Leaving Certificate Examination, 1924
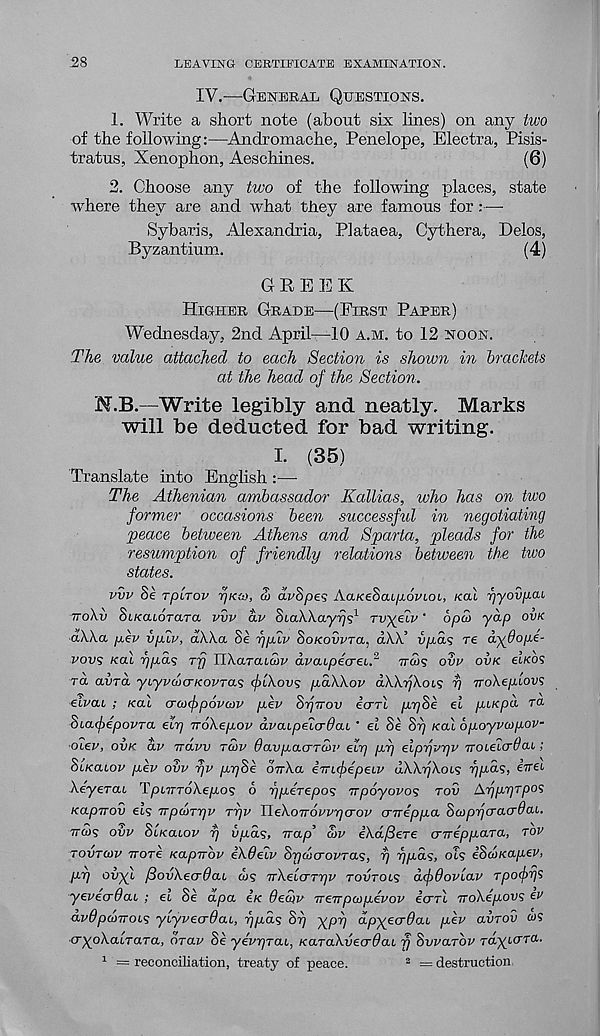
28
LEAVING CERTIFICATE EXAMINATION.
IV.—GENERAL QUESTIONS.
1. Write a short note (about six lines) on any two
of the following:—Andromache, Penelope, Electra, Pisis-
tratus, Xenophon, Aeschines.
(6)
2. Choose any two of the following places, state
where they are and what they are famous for —
Sybaris, Alexandria, Plataea, Cythera, Delos,
Byzantium.
(4)
GREEK
HIGHER GRADE—(FIRST PAPER)
Wednesday, 2nd April—10 A.M. to 12 NOON.
The value attached to each Section is shown in brackets
at the head of the Section.
N.B.—Write legibly and neatly. Marks
will be deducted for bad writing.
I. (35)
Translate into English :—-
The Athenian ambassador Kallias, who has on two
former occasions been successful in negotiating
peace between Athens and Sparta, pleads for the
resumption of friendly relations between the two
states.
vvv Se rpiTov yKa, a> dvSpes Aa/ceSatpdrtot, /cat rjyovpui
noXv SiKcuoTHTa vvv dv SiaWayrjA Tvyeiv ‘ bpu> ydp OVK
dXha p,ev vpuv, dXXa Se ypuv SOKOVVTCL, OXX! vp.a<; re dydoiie-
vovs Kal rip.d'i rfi TlXaraicov dvoupecreL. 2 '
TTOJ? OVV OVK EIKOS
ra aura yiyvaxTicovTas flXovs pdXXov dXXyXoLS T) TroXe/xiors
elvcu ; Kal crcofpovajv pev Srjwov icrrl prjSe el piKpd TO.
ScafepovTa, eirj voXepov dvaLpeicrdai ' el Se Si) /cat opoyveipov-
■ Oiev, OVK dv rravv TUV Oavpaardn’ elrj pr) elprjvrjv Trotetcr^at ;
SiKaiov pev ovv rjv prjSe onXa iTnfepeiv uXXrjXois rjpd?, iirei
XeyeraL TpLrrToXepos 6 i) per epos TT poyovos Toil /Xr/prjTpos
KapTTOv et? TTpcoryv rrjv TleXoTrovvrjcrov cnreppa ScoprjcracrdaL.
Trcds ovv St/catoz/ i) vpds, Trap’ $>v iXafiere cnreppaTa, rov
TOVTCOV Trore Kapirbv iXdeiv Srjaio'OVTas, rj ripas, ols iScoKapev,
pp ovyl fiovXecrOaL ws nXelcrngv TOVTOLS dfOovlav rpofijs
yevecrOai ; et Se dpa e’/c 6ed)v Treirpcopevov icrrl TToXepovs ev
avOpdiTTOLS ylyvecrOaL, rjpds Srj )(pr) dpyecrdai pev avrov ws
•cryoXatTara, drav Se yevyrac, KaraXvecrffaL fj SwaTOV rdyiCTO..
1 = reconciliation, treaty of peace.
2 = destruction